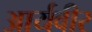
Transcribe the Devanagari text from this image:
आर्यवीर